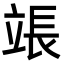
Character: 𬔡